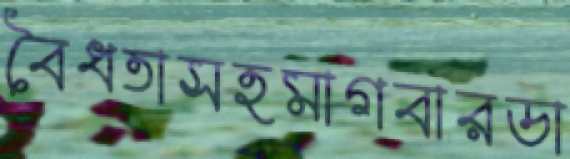
বৈধতাসহমাগবারডা